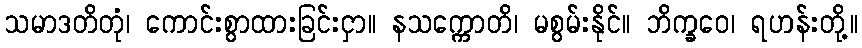
သမာဒတိတုံ၊ ကောင်းစွာထားခြင်းငှာ။ နသက္ကောတိ၊ မစွမ်းနိုင်။ ဘိက္ခဝေ၊ ရဟန်းတို့။